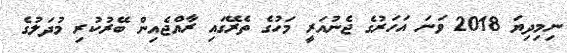
ނިމިދިޔަ 2018 ވަނަ އަހަރުގެ ޖެނުއަރީ މަހުގެ ތެރޭގައި ރާއްޖެއިން ބޭރުކުރި މުދަލުގެ